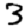
Digit: 3